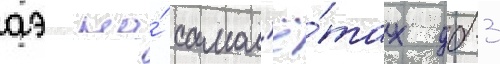
аэ на́ самол'ё́тах дб-3